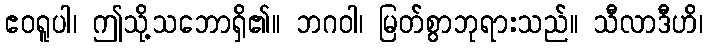
ဧဝရူပါ၊ ဤသို့သဘောရှိ၏။ ဘဂဝါ၊ မြတ်စွာဘုရားသည်။ သီလာဒီဟိ၊